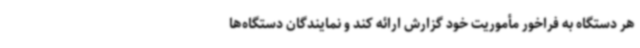
هر دستگاه به فراخور مأموریت خود گزارش ارائه کند و نمایندگان دستگاه‌ها